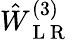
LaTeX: \hat{W}_{\mathrm{~L~R~}}^{(3)}